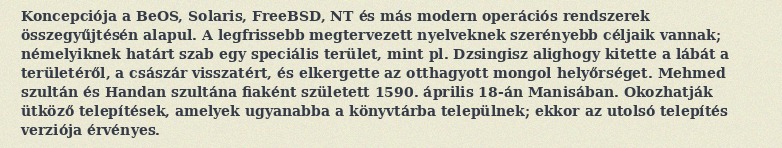
Koncepciója a BeOS, Solaris, FreeBSD, NT és más modern operációs rendszerek összegyűjtésén alapul. A legfrissebb megtervezett nyelveknek szerényebb céljaik vannak; némelyiknek határt szab egy speciális terület, mint pl. Dzsingisz alighogy kitette a lábát a területéről, a császár visszatért, és elkergette az otthagyott mongol helyőrséget. Mehmed szultán és Handan szultána fiaként született 1590. április 18-án Manisában. Okozhatják ütköző telepítések, amelyek ugyanabba a könyvtárba települnek; ekkor az utolsó telepítés verziója érvényes.